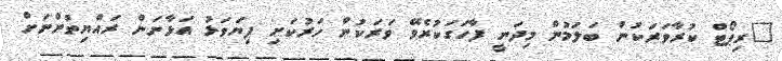
"ރިޕޯޓް ކުރާވަރަކުން ބަލަމުން މިދަނީ ފާހަގަކުރެވޭ ވަރަކުން ހަރުކަށި ފިޔަވަޅު އަޅާނަން ރައްޔިތުންނަށް